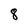
Character: 8